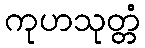
ကုဟသုတ္တံ